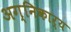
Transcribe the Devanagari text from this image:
अग्निकार्य